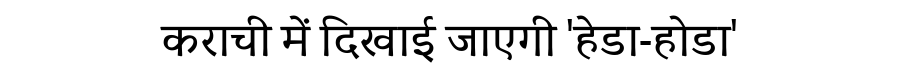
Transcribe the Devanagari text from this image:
कराची में दिखाई जाएगी 'हेडा-होडा'